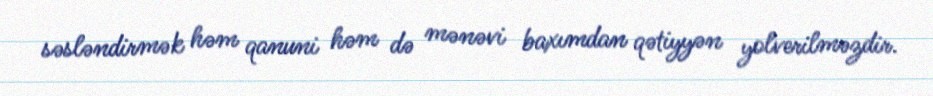
səsləndirmək həm qanuni həm də mənəvi baxımdan qətiyyən yolverilməzdir.